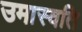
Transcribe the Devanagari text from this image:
उमास्वति